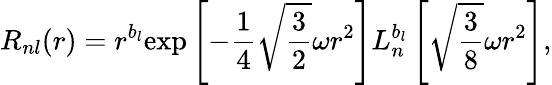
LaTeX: R_{nl}(r)=r^{b_{l}}\mathrm{exp}\left[-{\frac{1}{4}}\sqrt{\frac{3}{2}}\omega r^{2}\right]L_{n}^{b_{l}}\left[\sqrt{\frac{3}{8}}\omega r^{2}\right],